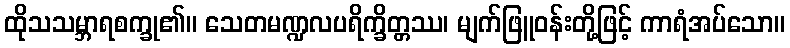
ထိုသသမ္ဘာရစက္ခု၏။ သေတမဏ္ဍလပရိက္ခိတ္တဿ၊ မျက်ဖြူဝန်းတို့ဖြင့် ကာရံအပ်သော။